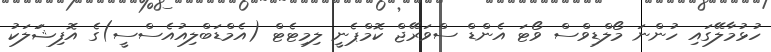
ހުޅުމާލޭގައި ހުންނަ މޯލްޑިވްސް ވޯޓަ އެންޑް ސްވަރޭޖް ކޮމްޕެނީ ލިމިޓެޓް (އެމްޑަބްލިއުއެސްސީ)ގެ އޮފިޝަަލަކު